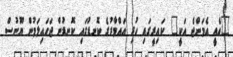
"އެއީ އެމަންޖެ އަކީ" ކައިރީގައި ހުރި އައްމާރުގެ ކޮނޑުގައި ކޮނޑުން ޖަހައިލަމުން ޔޫނުސް